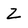
Character: Z